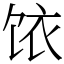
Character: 饻